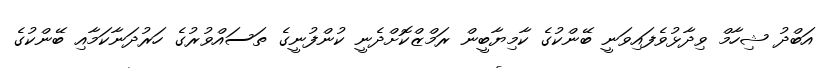
އަބްދު ޝިހާމް ވިދާޅުވެފައިވަނީ ބޭންކުގެ ކާމިޔާބީން ރަމްޒްކޮށްދެނީ ކުންފުނީގެ ތަސައްވުރުގެ ހަރުދަނާކަމާއި ބޭންކުގެ